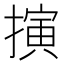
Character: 𢴍